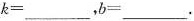
$$k =$$___ ，$$b =$$___ .